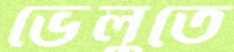
ভেলুতে